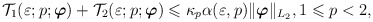
\begin{align*}\mathcal{T}_1(\varepsilon ;p;\boldsymbol{\varphi})+\mathcal{T}_2(\varepsilon ;p;\boldsymbol{\varphi})\leqslant \kappa_p \alpha (\varepsilon ,p)\Vert \boldsymbol{\varphi}\Vert _{L_2},1\leqslant p<2,\end{align*}